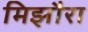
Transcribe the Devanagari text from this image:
मिझौरा